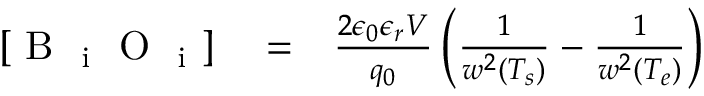
\begin{array} { r l r } { [ \mathrm { ~ B ~ } _ { \mathrm { ~ i ~ } } \mathrm { ~ O ~ } _ { \mathrm { ~ i ~ } } ] } & { { } = } & { { \frac { 2 \epsilon _ { 0 } \epsilon _ { r } V } { q _ { 0 } } } \left( { \frac { 1 } { w ^ { 2 } ( T _ { s } ) } } - { \frac { 1 } { w ^ { 2 } ( T _ { e } ) } } \right) } \end{array}